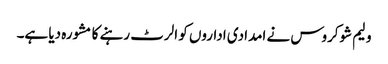
ولیم شوکروس نے امدادی اداروں کو الرٹ رہنے کا مشورہ دیا ہے۔